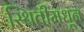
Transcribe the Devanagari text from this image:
स्थितीमधून